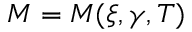
M = M ( \xi , \gamma , T )